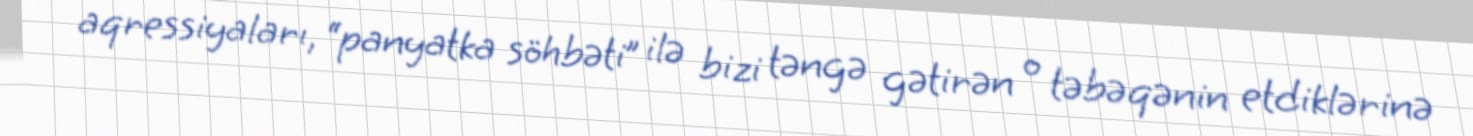
aqressiyaları, “panyatka söhbəti” ilə bizi təngə gətirən o təbəqənin etdiklərinə